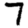
Digit: 7